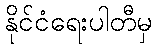
နိုင်ငံရေးပါတီမှ